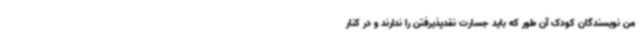
من نویسندگان کودک آن طور که باید جسارت نقدپذیرفتن را ندارند و در کنار